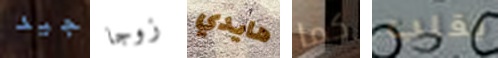
جيد زوجا هايدي كما يقلب